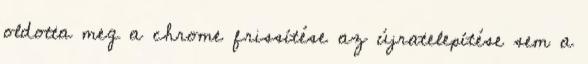
oldotta meg a chrome frissítése az újratelepítése sem a